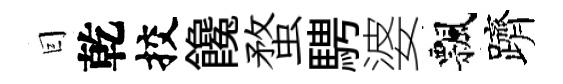
囙乾挍饞蝥騁婆飄躋